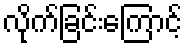
လိုက်ခြင်းကြောင့်